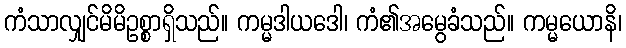
ကံသာလျှင်မိမိဥစ္စာရှိသည်။ ကမ္မဒါယဒေါ၊ ကံ၏အမွေခံသည်။ ကမ္မယောနိ၊